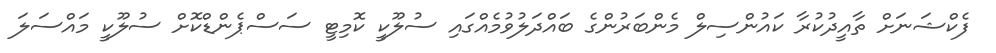
ފެކްޝަނަށް ތާއީދުކުރާ ކައުންސިލް މެންބަރުންގެ ބައްދަލުވުމެއްގައި ސުލޫކީ ކޮމިޓީ ސަސްޕެންޑްކޮށް ސުލޫކީ މައްސަލަ